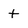
Character: t